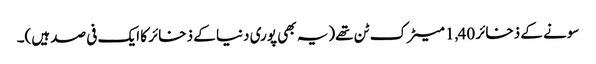
سونے کے ذخائر 1,40 میٹرک ٹن تھے(یہ بھی پوری دنیا کے ذخائر کا ایک فی صد ہیں)۔